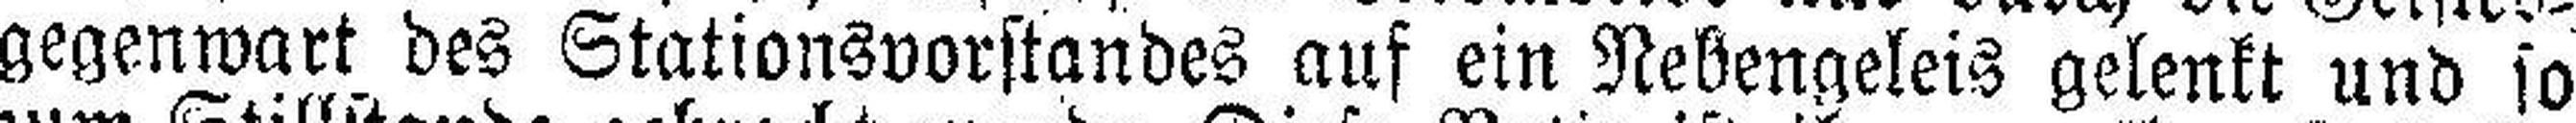
gegenwart des Stationsvorstandes auf ein Nebengeleis gelenkt und so